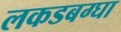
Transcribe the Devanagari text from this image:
लकडबग्घा